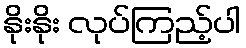
နိုးနိုး လုပ်ကြည့်ပါ